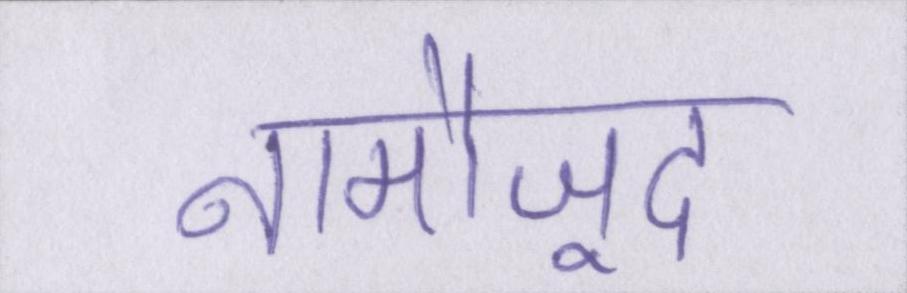
नामौजूद